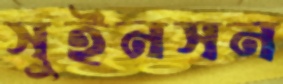
সুইনসন